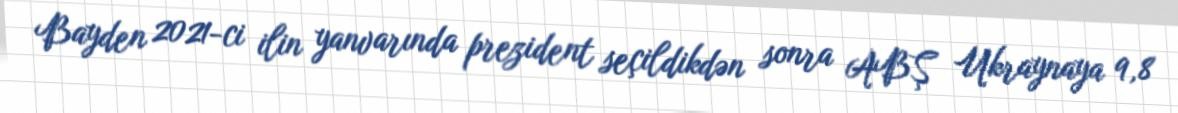
Bayden 2021-ci ilin yanvarında prezident seçildikdən sonra ABŞ Ukraynaya 9,8